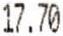
17.70